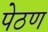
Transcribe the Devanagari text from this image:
पेठण